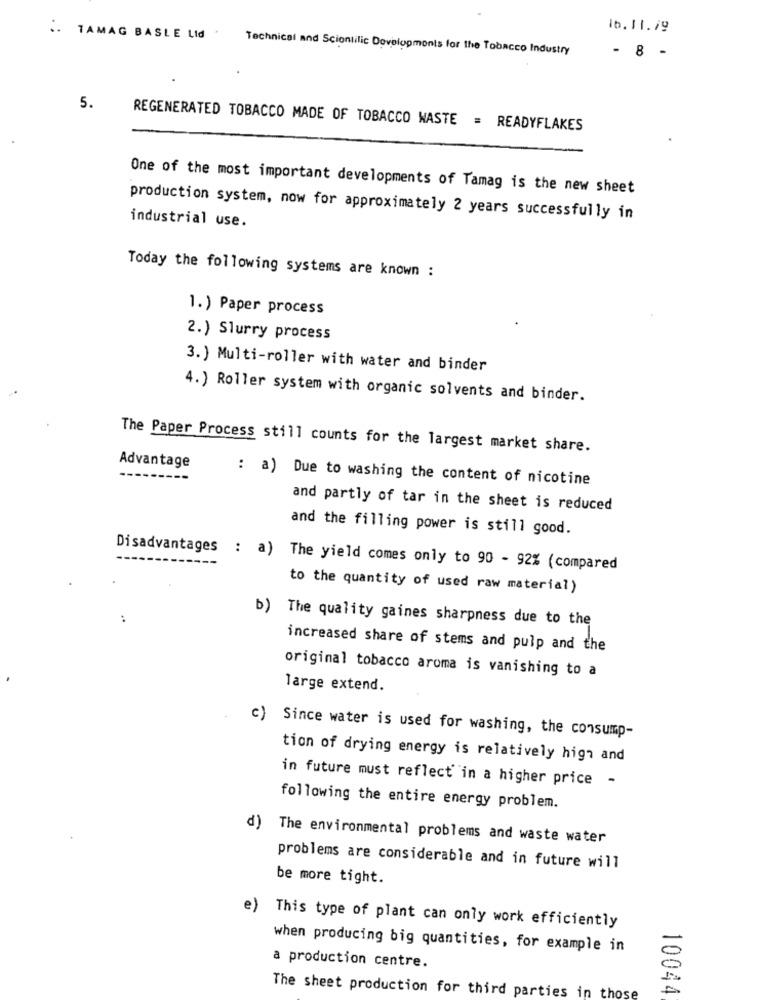
10.11.19
.. TAMAG BASLE Lid
Technical and Sciontilic Developments for the Tobacco Industry
- 8 -
5.
REGENERATED TOBACCO MADE OF TOBACCO WASTE = READYFLAKES
One of the most important developments of Tamag is the new sheet
production system, now for approximately 2 years successfully in
industrial use.
Today the following systems are known :
1.) Paper process
2.) Slurry process
3. ) Multi-roller with water and binder
4.) Roller system with organic solvents and binder.
The Paper Process still counts for the largest market share.
Advantage
: a) Due to washing the content of nicotine
and partly of tar in the sheet is reduced
and the filling power is still good.
Disadvantages : a) The yield comes only to 90 - 92% (compared
to the quantity of used raw material)
..
b) The quality gaines sharpness due to the
increased share of stems and pulp and the
original tobacco aroma is vanishing to a
large extend.
c) Since water is used for washing, the consump-
tion of drying energy is relatively high and
in future must reflect in a higher price -
following the entire energy problem.
d)
The environmental problems and waste water
problems are considerable and in future will
be more tight.
e)
This type of plant can only work efficiently
when producing big quantities, for example in
a production centre.
10044
The sheet production for third parties in those